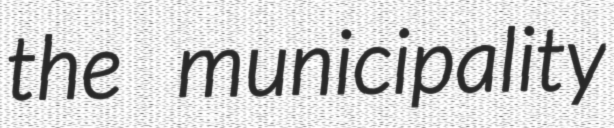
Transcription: the municipality